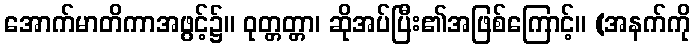
အောက်မာတိကာအဖွင့်၌။ ဝုတ္တတ္တာ၊ ဆိုအပ်ပြီး၏အဖြစ်ကြောင့်။ (အနက်ကို